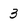
Character: 3